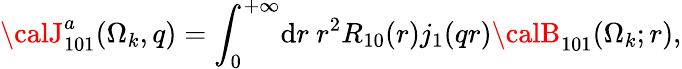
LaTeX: {\calJ}_{101}^{a}(\Omega_{k},q)={\int}_{0}^{+\infty}\mathrm{d}r\ r^{2}R_{10}(r)j_{1}(qr){\calB}_{101}(\Omega_{k};r),